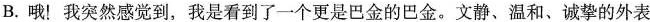
B. 哦！我突然感觉到，我是看到了一个更是巴金的巴金。文静、温和、诚挚的外表